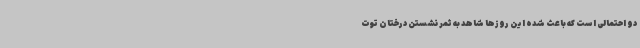
دو احتمالی است که باعث شده این روزها شاهد به ثمر نشستن درختان توت